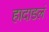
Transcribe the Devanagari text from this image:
हादाडलं